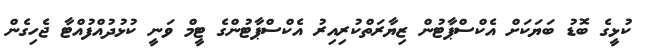
ކުޅީގެ ބޮޑު ބަޔަކަށް އެކްސްޕާޓުން ޒިޔާރަތްކުރިއިރު އެކްސްޕާޓުންގެ ޓީމް ވަނީ ކުޅުދުއްފުއްޓާ ޖެހިގެން